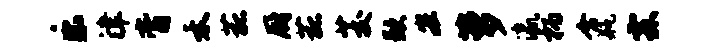
乐津膏禾菰厨菰茭歉宏萝瀛柄含瓶霖